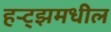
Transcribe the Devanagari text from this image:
हर्‍ट्झमधील